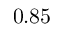
0 . 8 5